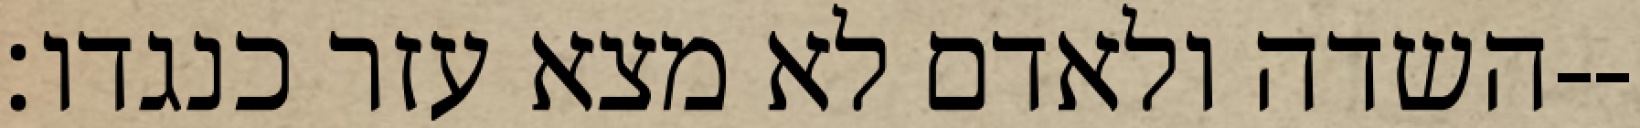
השדה ולאדם לא מצא עזר כנגדו׃--